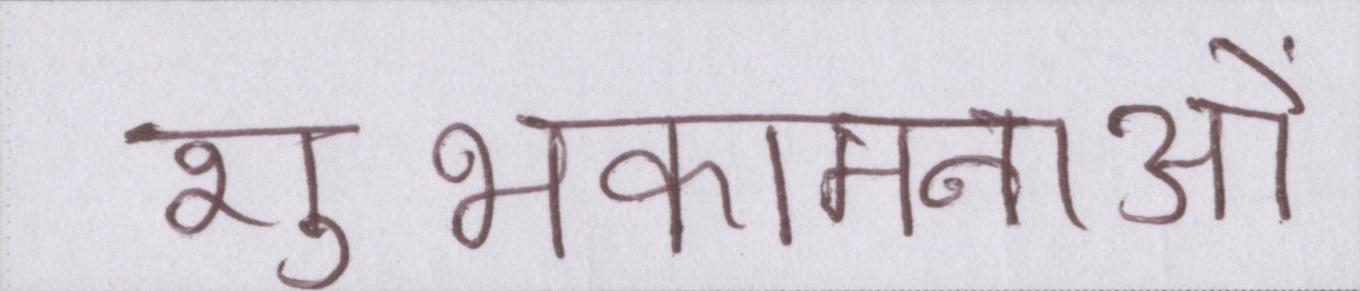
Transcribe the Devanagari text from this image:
शुभकामनाओं